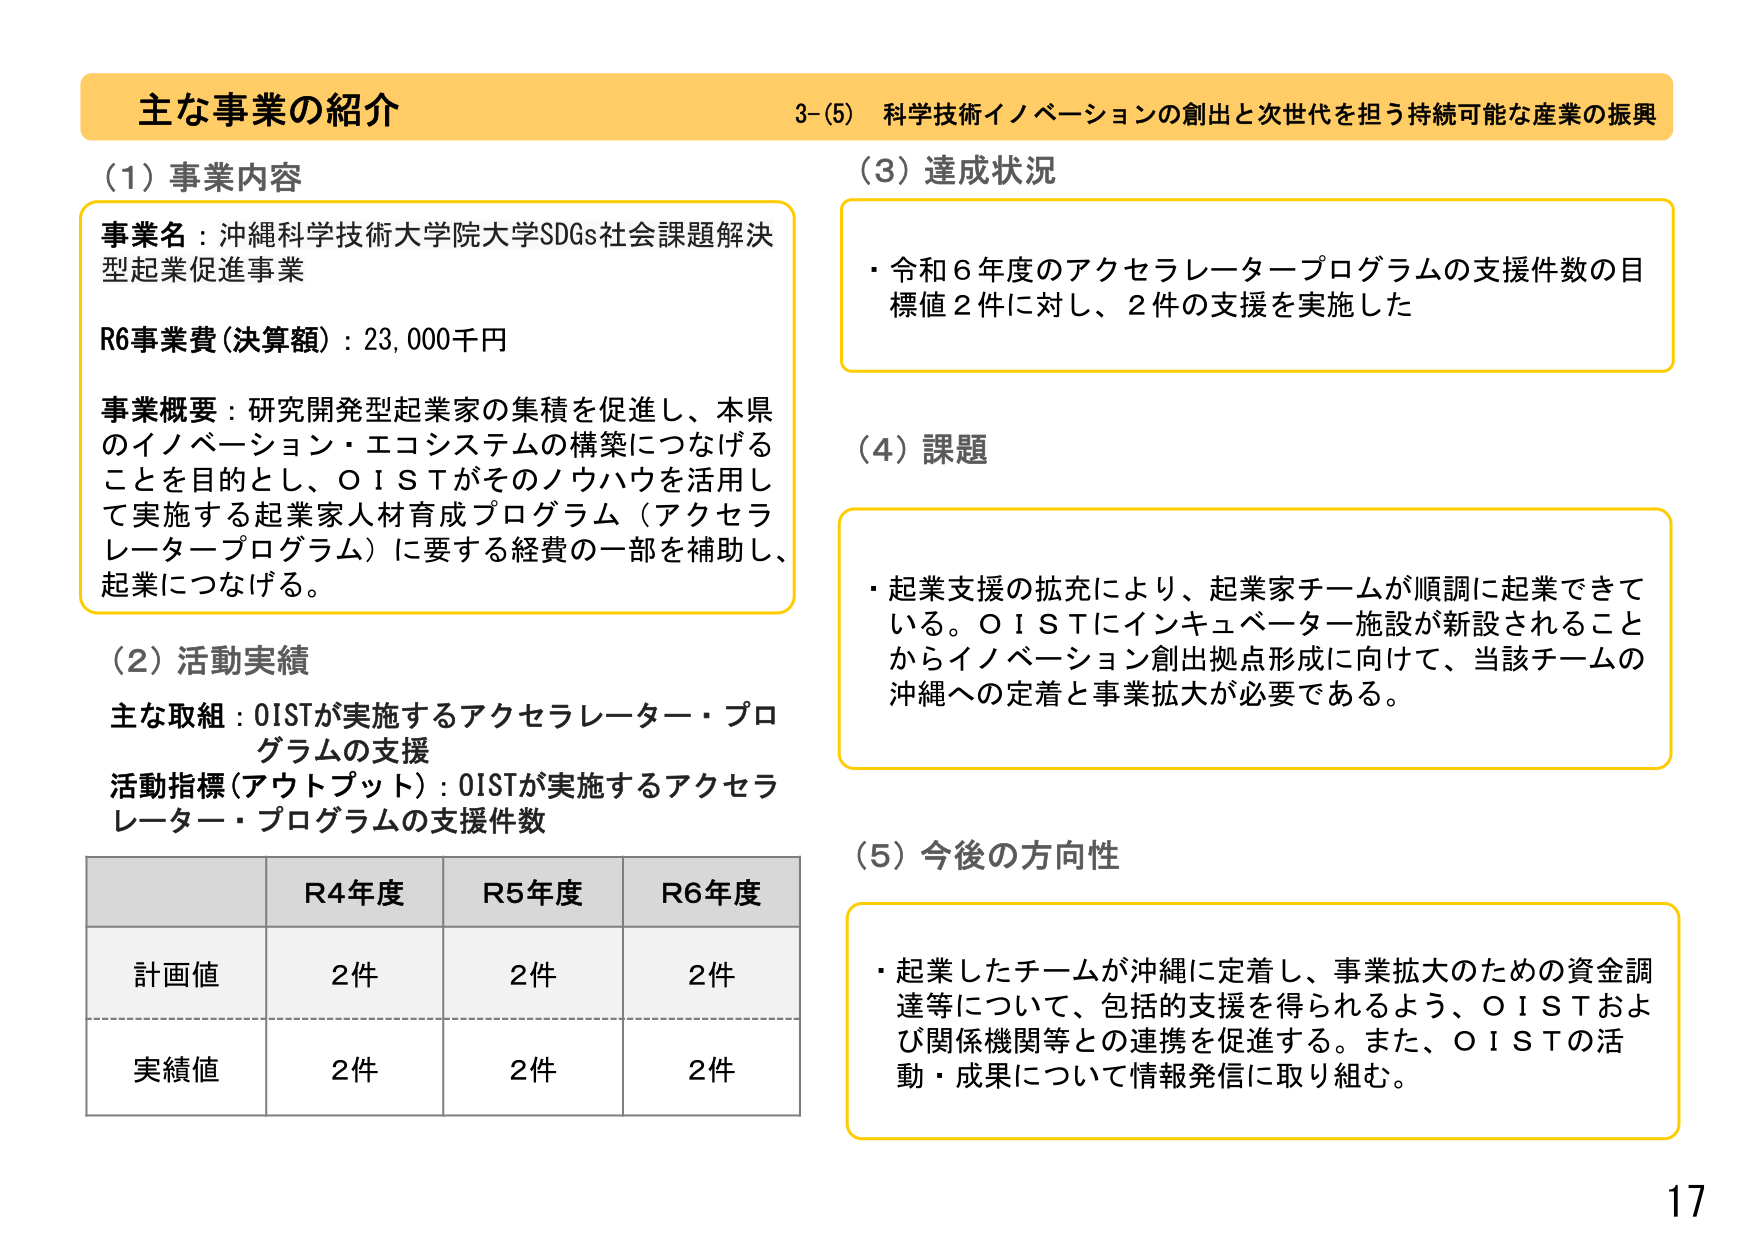
主な事業の紹介
3-(5) 科学技術イノベーションの創出と次世代を担う持続可能な産業の振興

(1) 事業内容
事業名：沖縄科学技術大学院大学SDGs社会課題解決型起業促進事業
R6事業費（決算額）：23,000千円
事業概要：研究開発型起業家の集積を促進し、本県のイノベーション・エコシステムの構築につなげることを目的とし、OISTがそのノウハウを活用して実施する起業家人材育成プログラム（アクセラレータープログラム）に要する経費の一部を補助し、起業につなげる。

(2) 活動実績
主な取組：OISTが実施するアクセラレーター・プログラムの支援
活動指標（アウトプット）：OISTが実施するアクセラレーター・プログラムの支援件数

R4年度 R5年度 R6年度
計画値 2件 2件 2件
実績値 2件 2件 2件

(3) 達成状況
・令和6年度のアクセラレータープログラムの支援件数の目標値2件に対し、2件の支援を実施した

(4) 課題
・起業支援の拡充により、起業家チームが順調に起業できている。OISTにインキュベーター施設が新設されることからイノベーション創出拠点形成に向けて、当該チームの沖縄への定着と事業拡大が必要である。

(5) 今後の方針
・起業したチームが沖縄に定着し、事業拡大のための資金調達等について、包括的支援を得られるよう、OISTおよび関係機関等との連携を促進する。また、OISTの活動・成果について情報発信に取り組む。

17